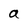
Character: a